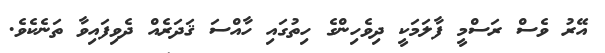
އޭރު ވެސް ރަސްމީ ފާލަމަކީ ދިވެހިންގެ ހިތުގައި ހާއްސަ ޤަދަރެއް ދެވިފައިވާ ތަނެކެވެ.